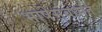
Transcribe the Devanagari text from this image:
भाषेसंबधांत